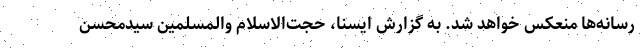
رسانه‌ها منعکس خواهد شد. به گزارش ایسنا، حجت‌الاسلام والمسلمین سیدمحسن